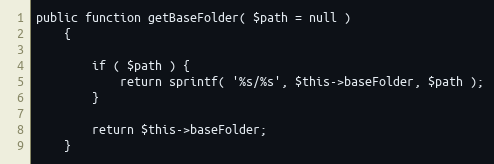
Language: PHP
public function getBaseFolder( $path = null )
    {

        if ( $path ) {
            return sprintf( '%s/%s', $this->baseFolder, $path );
        }

        return $this->baseFolder;
    }